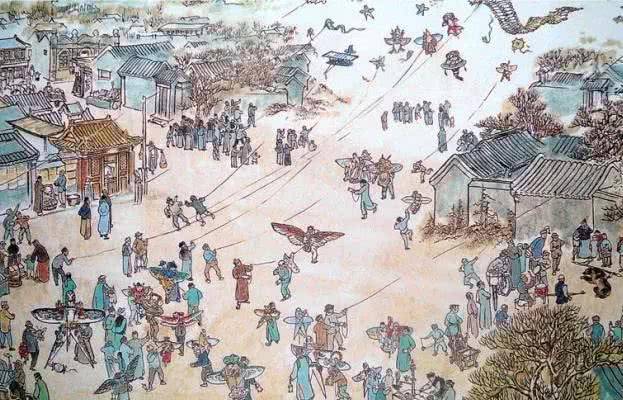
怀家寒食夜，中酒落花天。